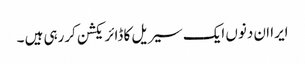
ایرا ان دنوں ایک سیریل کا ڈائریکشن کررہی ہیں ۔